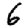
Digit: 6